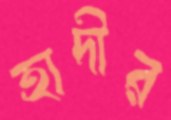
হাদীর